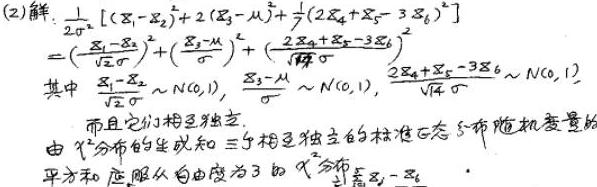
(2)解:
\[
\begin{align*}
&\frac{1}{2\sigma^{2}}\left[(X_1 - X_2)^2+2(X_3-\mu)^2+\frac{1}{7}(2X_4 + X_5-3X_6)^2\right]\\
=&\left(\frac{X_1 - X_2}{\sqrt{2}\sigma}\right)^2+\left(\frac{X_3-\mu}{\sigma}\right)^2+\left(\frac{2X_4 + X_5-3X_6}{\sqrt{14}\sigma}\right)^2
\end{align*}
\]
其中 $\frac{X_1 - X_2}{\sqrt{2}\sigma}\sim N(0,1)$，$\frac{X_3-\mu}{\sigma}\sim N(0,1)$，$\frac{2X_4 + X_5-3X_6}{\sqrt{14}\sigma}\sim N(0,1)$，而且它们相互独立。
由 $\chi^{2}$ 分布的定义知三个相互独立的标准正态分布随机变量的平方和应服从自由度为 3 的 $\chi^{2}$ 分布。